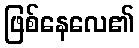
ဖြစ်နေလေ၏